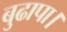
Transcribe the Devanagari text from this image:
बुढापा।